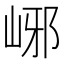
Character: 峫